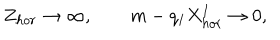
Z _ { h o r } \to \infty , \qquad m - q _ { I } X _ { h o r } ^ { I } \to 0 ,